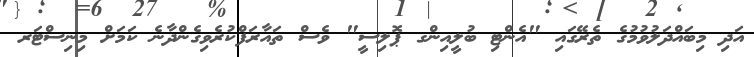
އަދި މިބައްދަލުވުމުގެ ތެރޭގައި "އެންޓި ބުލީއިންގ ޕޮލިސީ" ވެސް ތައާރަފްކުރެވިގެންދާނެ ކަމަށް މިނިސްޓަރ